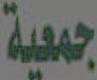
جمعية